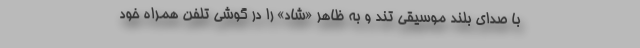
با صداي بلند موسيقي تند و به ظاهر «شاد» را در گوشي تلفن همراه خود